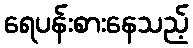
ရေပန်းစားနေသည့်